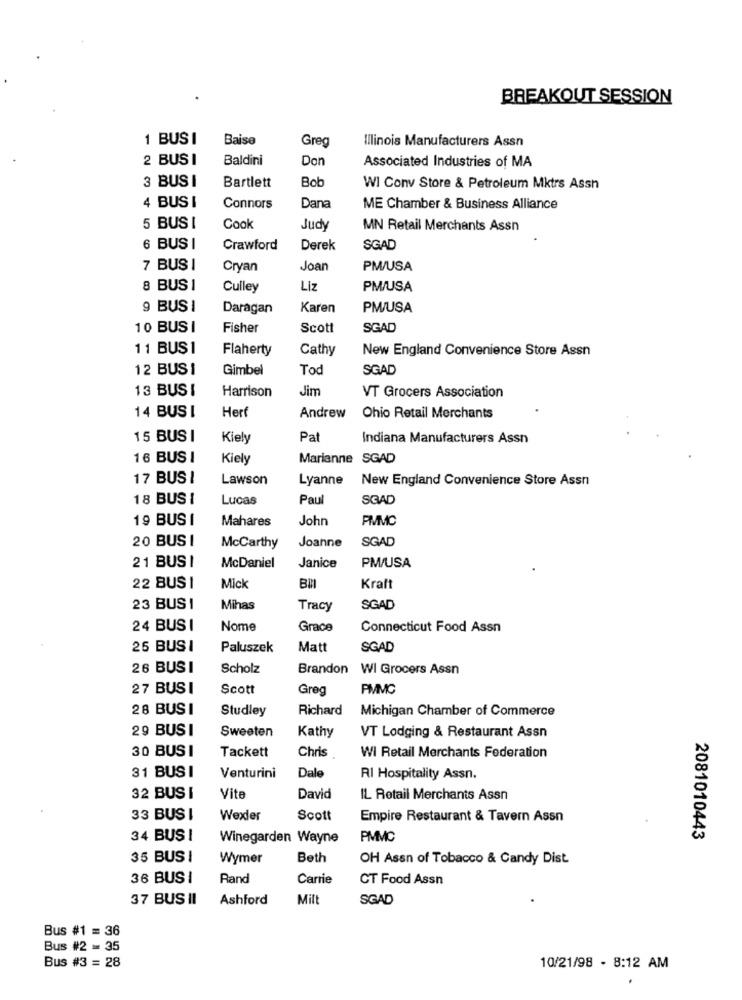
BREAKOUT SESSION
1 BUSI
Baise
Greg
Illinois Manufacturers Assn
2 BUSI
Baldini
Don
Associated Industries of MA
3 BUS I
Bob
Bartlett
WI Conv Store & Petroleum Mktrs Assh
4 BUS I
Connors
Dana
ME Chamber & Business Alliance
5 BUS I
Cook
Judy
MN Retail Merchants Assn
6 BUS I
Crawford
Derek
SGAD
7 BUSI
Cryan
Joan
PM/USA
8 BUS 1
Culley
Liz
PM/USA
9 BUS I
Daragan
Karen
PM/USA
10 BUS I
Fisher
Scott
SGAD
11 BUS1
Flaherty
Cathy
New England Convenience Store Assn
12 BUS1
Gimbel
Tod
SGAD
13 BUSI
Harrison
Jim
VT Grocers Association
14 BUSI
Her
Andrew
Ohio Retail Merchants
15 BUS I
Kiely
Pa
Indiana Manufacturers Assn
16 BUS I
Kiely
Marianne SGAD
17 BUS !
Lawson
Lyanne
New England Convenience Store Assn
18 BUS 1
Lucas
Paul
SQAD
19 BUS I
Mahares
John
PMMC
20 BUS I
Joanne
SGAD
McCarthy
21 BUSI
McDaniel
Janice
PM/USA
22 BUS I
Mick
Kraft
23 BUS 1
Mihas
Tracy
SGAD
24 BUS I
Nome
Grace
Connecticut Food Assn
25 BUSI
Paluszek
Matt
SGAD
26 BUSI
Scholz
Brandon
WI Grocers Assn
27 BUS I
Scott
Greg
PIMMG
28 BUS I
Studley
Richard
Michigan Chamber of Commerce
29 BUS I
Sweeten
Kathy
VT Lodging & Restaurant Assn
30 BUS I
Tackett
Chris
WI Retail Merchants Federation
31 BUS I
Venturini
Dale
RI Hospitality Assn.
32 BUS I
Vite
David
IL Retail Merchants Assn
33 BUS I
Wexler
Scott
Empire Restaurant & Tavern Assn
34 BUS I
Winegarden Wayne
PMMC
2081010443
35 BUS !
Wymer
Beth
OH Assn of Tobacco & Candy Dist
36 BUSI
Rand
Carrie
CT Food Assn
37 BUS II
Ashford
Mill
SGAD
Bus #1 = 36
Bus #2 = 35
Bus #3 = 28
10/21/98 - 8:12 AM